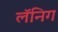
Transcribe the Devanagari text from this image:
लॅनिग